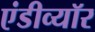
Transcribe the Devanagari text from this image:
एंडीव्यॉर